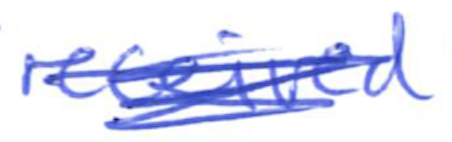
Text: received
Cross-out: scratch
Writing tool: ballpoint